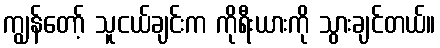
ကျွန်တော့် သူငယ်ချင်းက ကိုရီးယားကို သွားချင်တယ်။